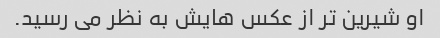
او شیرین تر از عکس هایش به نظر می رسید.